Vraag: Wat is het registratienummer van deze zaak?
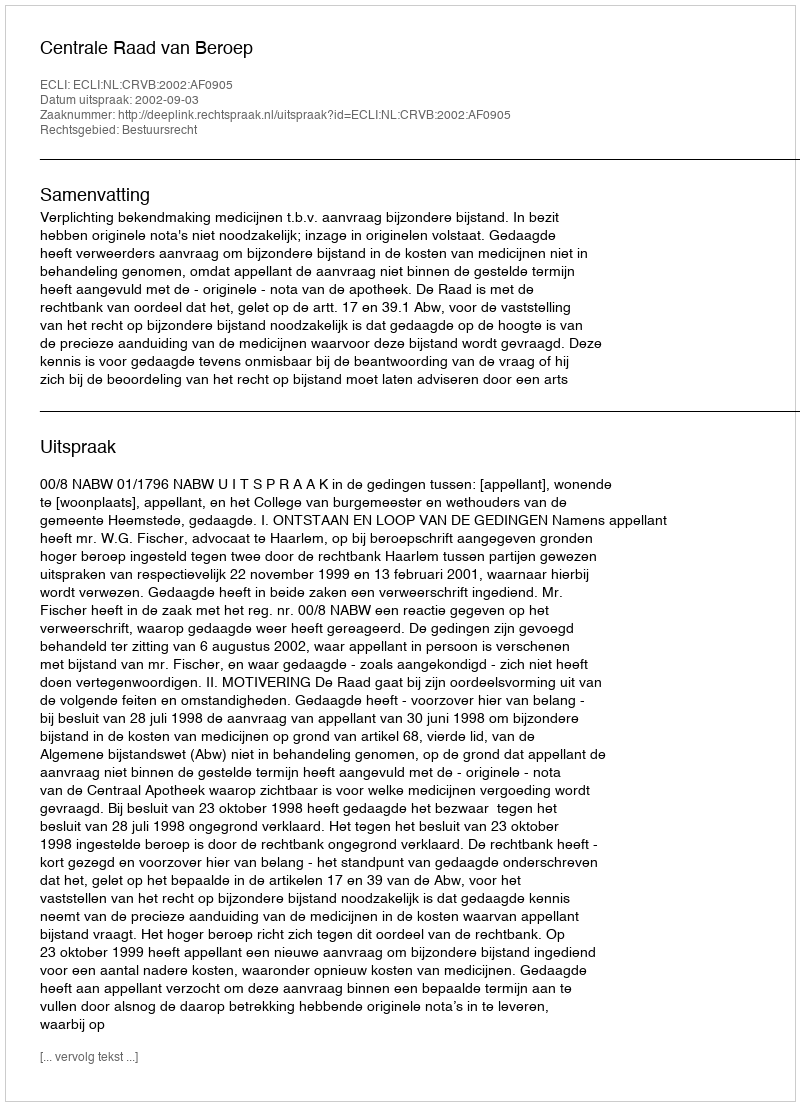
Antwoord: http://deeplink.rechtspraak.nl/uitspraak?id=ECLI:NL:CRVB:2002:AF0905